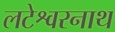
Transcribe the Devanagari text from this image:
लटेश्वरनाथ